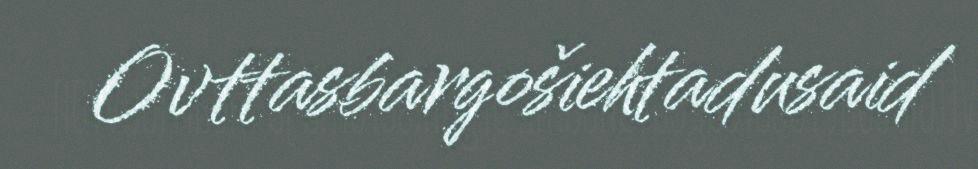
Ovttasbargošiehtadusaid